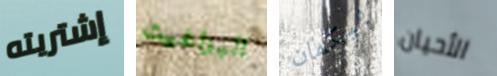
إشتريته البراغيث بيكمان الأحيان